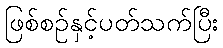
ဖြစ်စဉ်နှင့်ပတ်သက်ပြီး